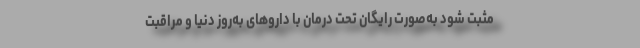
مثبت شود به‌صورت رایگان تحت درمان با داروهای به‌‌روز دنیا و مراقبت